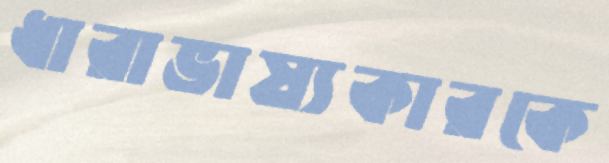
ধারাভাষ্যকারকে